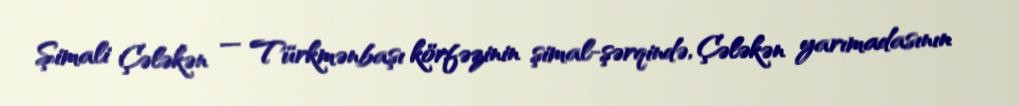
Şimali Çələkən — Türkmənbaşı körfəzinin şimal-şərqində, Çələkən yarımadasının